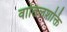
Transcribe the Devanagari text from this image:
वातिलशक्ति